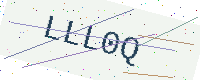
Text: LLL0Q